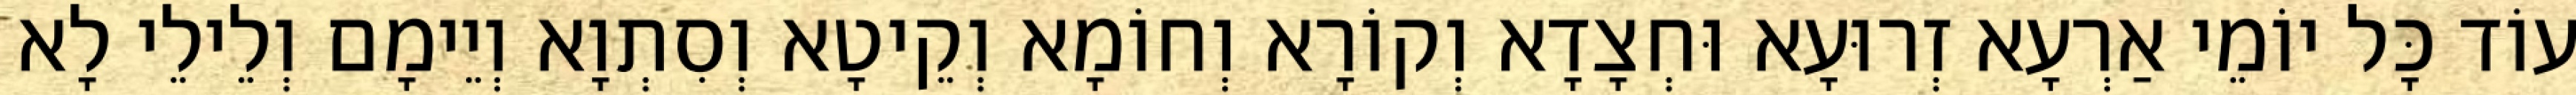
עוֹד כָּל יוֹמֵי אַרְעָא זְרוּעָא וּחְצָדָא וְקוֹרָא וְחוֹמָא וְקֵיטָא וְסִתְוָא וְיֵימָם וְלֵילֵי לָא